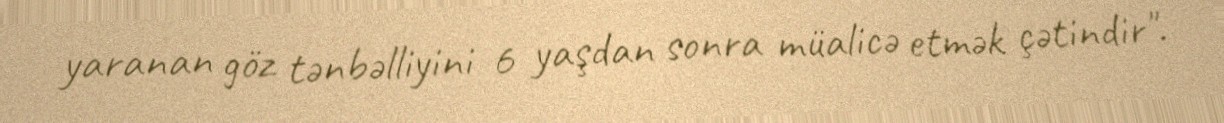
yaranan göz tənbəlliyini 6 yaşdan sonra müalicə etmək çətindir".